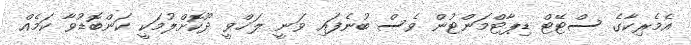
އެެމެރިކާގެ ސްޓޭޓް ޑިޕާޓްމަންޓުން ވެސް ބުނެފައި ވަނީ ލަޚްވީ ދޫކޮށްލުމަކީ ކަންބޮޑުވާ ކަމެއް